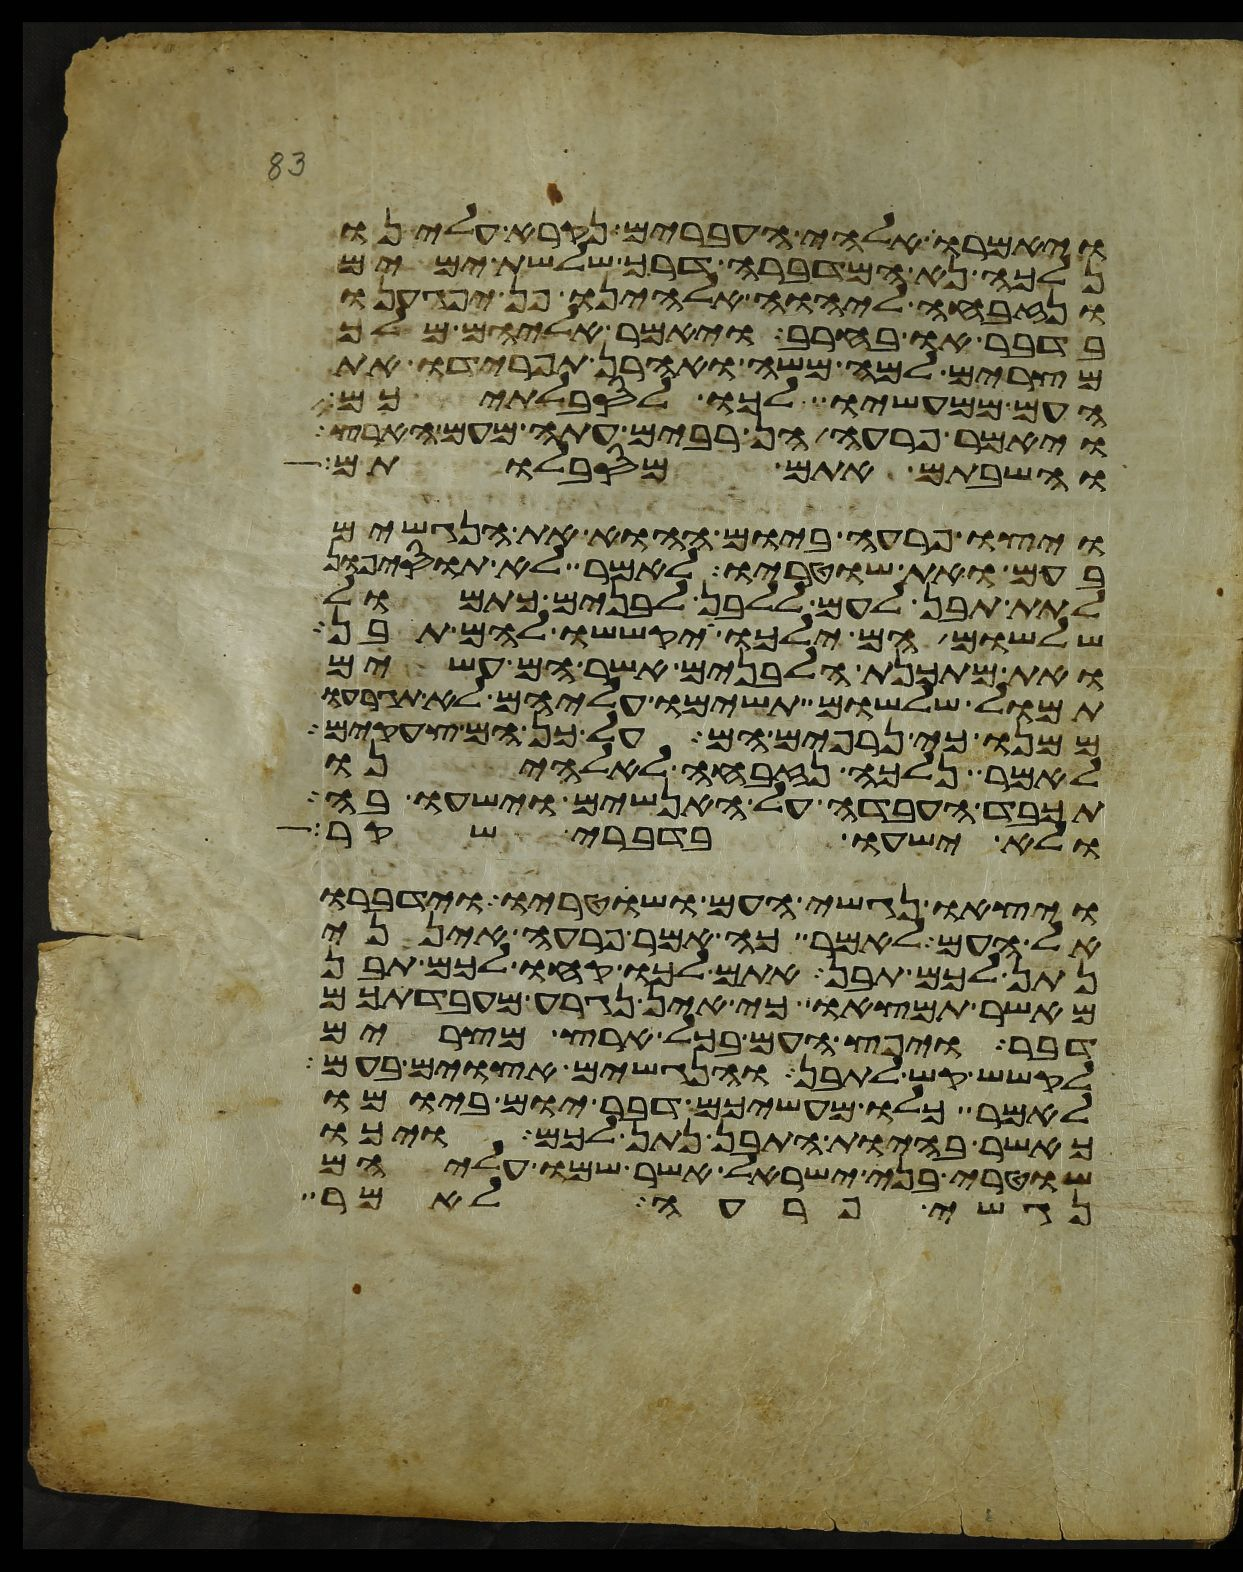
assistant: ויאמרו אלהי העברים נקרא עלינו
נלכה נא המדברה דרך שלשת ימים
ונזבחה ליהוה אלהינו פן יפגענו
בדבר או בחרב ויאמר אליהם מלך
מצרים למה משה ואהרן תפרידו את
העם ממעשיו לכו לסבלתיכם
ויאמר פרעה הן רבים עתה מעם הארץ
והשבתם אתם מסבלותם
ויצו פרעה ביום ההוא את הנגשים
בעם ואת שוטריו לאמר לא תוסיפון
לתת תבן לעם ללבן לבנים כתמול
שלשום הם ילכו יקששו להם תבן
ואת מתכנת הלבנים אשר הם עשים
תמול שלשום תשימו עליהם לא תגרעו
ממנו כי נרפים הם על כן הם צעקים
לאמר נלכה נזבחה לאלהינו
תכבד העבדה על האנשים וישעו בה
ולא ישעו בדברי שקר
ויצאו נגשי העם ושוטריו וידברו
אל העם לאמר כה אמר פרעה אינני
נתן לכם תבן אתם לכו קחו לכם תבן
מאשר תמצאו כי אין נגרע מעבדתכם
דבר ויפץ העם בכל ארץ מצרים
לקשש קש לתבן והנגשים אצוים בעם
לאמר כלו מעשיכם דבר יום ביומו
כאשר בהיות התבן נתן לכם ויכו
שוטרי בני ישראל אשר שמו עליהם
נגשי פרעה לאמר